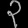
Digit: ၃